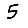
Digit: 5